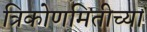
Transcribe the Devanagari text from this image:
त्रिकोणमितीच्या